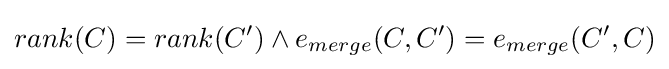
rank(C)=rank(C')\land e_{merge}(C,C')=e_{merge}(C',C)